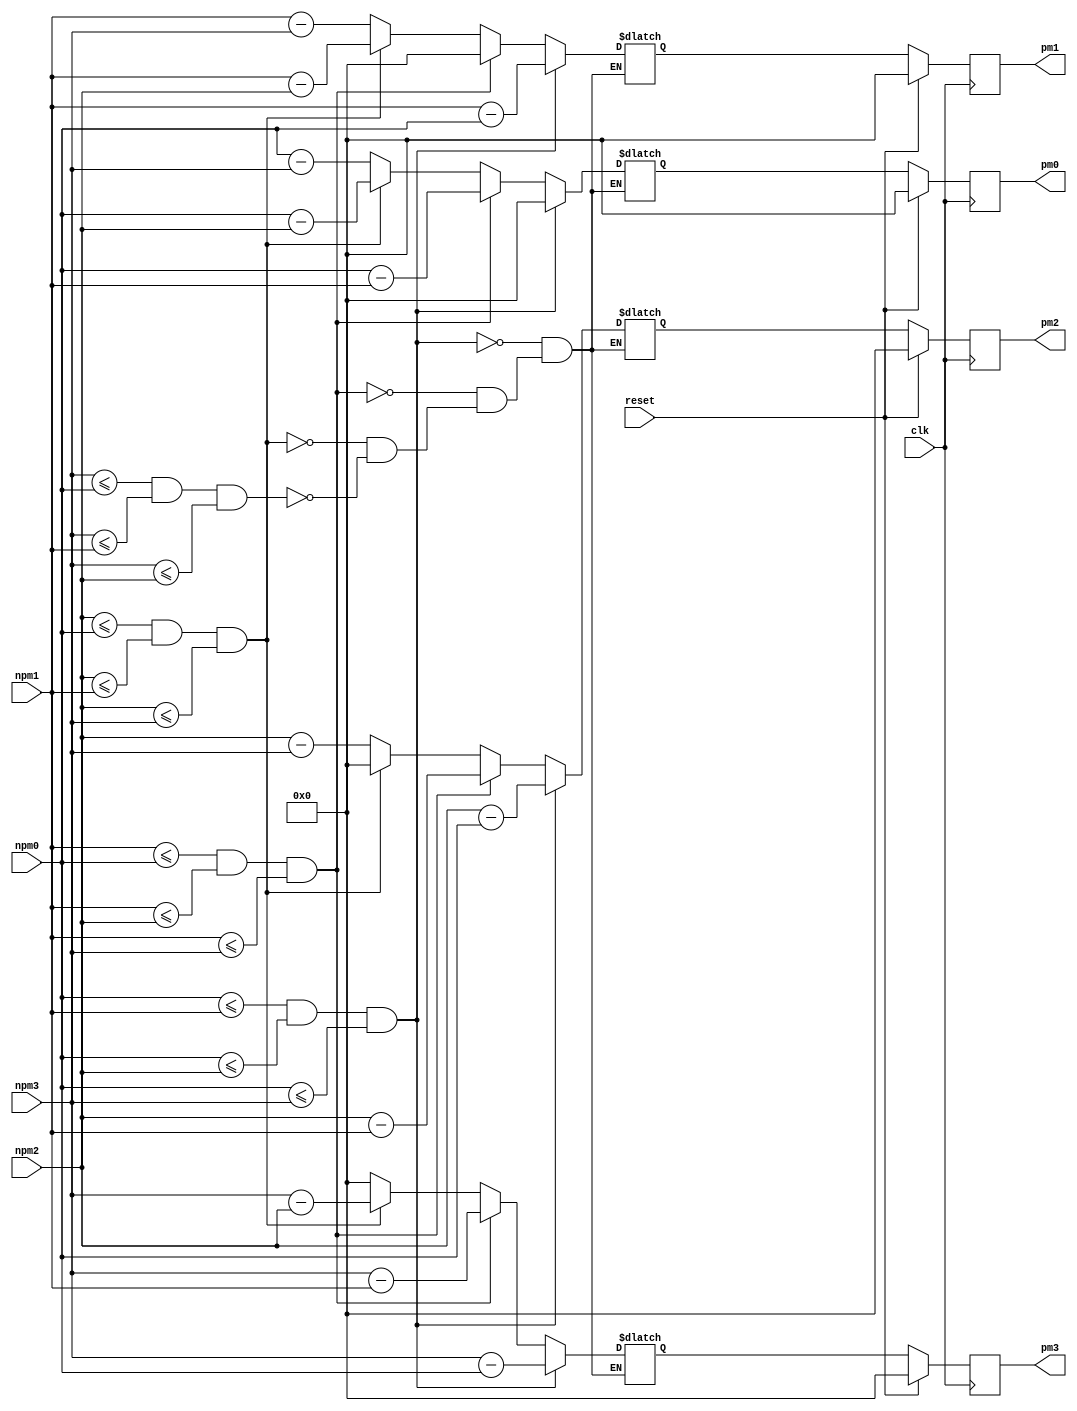
///////////////////////////////////////////////////////////////////////////////
/// Andrew Mattheisen 
/// Zhiyang Ong 
///
/// EE-577b 2007 fall
/// VITERBI DECODER 
/// pmsm module (Path Metric State Memory)
///
/// Need to add normilization circuit.
///
///////////////////////////////////////////////////////////////////////////////

module pmsm (npm0, npm1, npm2, npm3, pm0, pm1, pm2, pm3, clk, reset);

   // outputs
   output [3:0] pm0, pm1, pm2, pm3;

   // inputs
   input  	clk, reset;
   input [3:0] 	npm0, npm1, npm2, npm3;

   reg [3:0] 	pm0, pm1, pm2, pm3;
   reg [3:0] 	npm0norm, npm1norm, npm2norm, npm3norm;
   
   always @ (npm0 or npm1 or npm2 or npm3)
	 begin
	   if ((npm0 <= npm1)&&(npm0 <= npm2)&&(npm0 <= npm3))
	     begin
	       npm0norm <= 0;
	       npm1norm <= npm1-npm0;
	       npm2norm <= npm2-npm0;
	       npm3norm <= npm3-npm0;
	     end
	   else if ((npm1 <= npm0)&&(npm1 <= npm2)&&(npm1 <= npm3))
	     begin
	       npm0norm <= npm0-npm1;
	       npm1norm <= 0;
	       npm2norm <= npm2-npm1;
	       npm3norm <= npm3-npm1;
	     end
	   else if ((npm2 <= npm0)&&(npm2 <= npm1)&&(npm2 <= npm3))
	     begin
	       npm0norm <= npm0-npm2;
	       npm1norm <= npm1-npm2;
	       npm2norm <= 0;
	       npm3norm <= npm3-npm2;
	     end
	   else if ((npm3 <= npm0)&&(npm3 <= npm1)&&(npm3 <= npm2))
	     begin
	       npm0norm <= npm0-npm3;
	       npm1norm <= npm1-npm3;
	       npm2norm <= npm2-npm3;
	       npm3norm <= 0;
	     end
	 end // always @ (npm0 or npm1 or npm2 or npm3)

   always @ (posedge clk)
	 begin
		if (reset)
		  begin
		    pm0 <= 4'd0;
		    pm1 <= 4'd0;
		    pm2 <= 4'd0;
		    pm3 <= 4'd0;
		  end
		else
		  begin
		    pm0 <= npm0norm;
		    pm1 <= npm1norm;
		    pm2 <= npm2norm;
		    pm3 <= npm3norm;
		  end
	 end // always @ (posedge clk)
endmodule